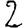
Digit: 2